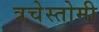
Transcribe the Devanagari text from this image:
त्रचेस्तोमी